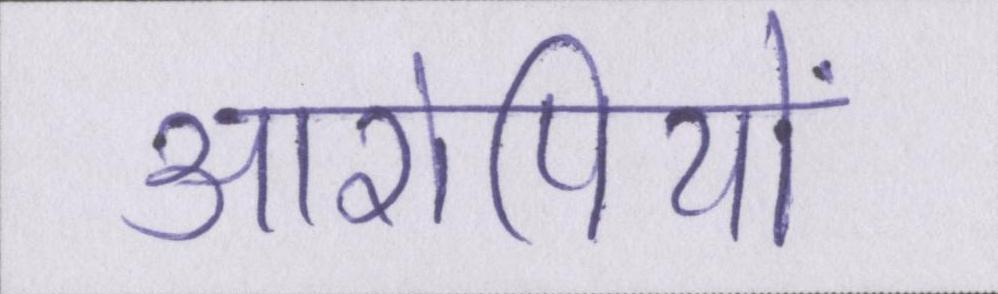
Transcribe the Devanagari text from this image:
आरोपियों